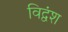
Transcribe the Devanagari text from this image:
विद्वंश